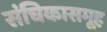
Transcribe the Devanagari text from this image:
संचिकासमूह